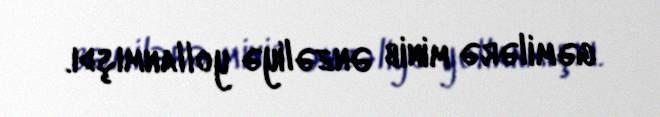
gəmilərə minib Ənzəliyə yollanmışdı.